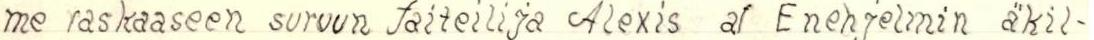
me raskaaseen suruun taiteilija Alexis af Enehjelmin äkil-